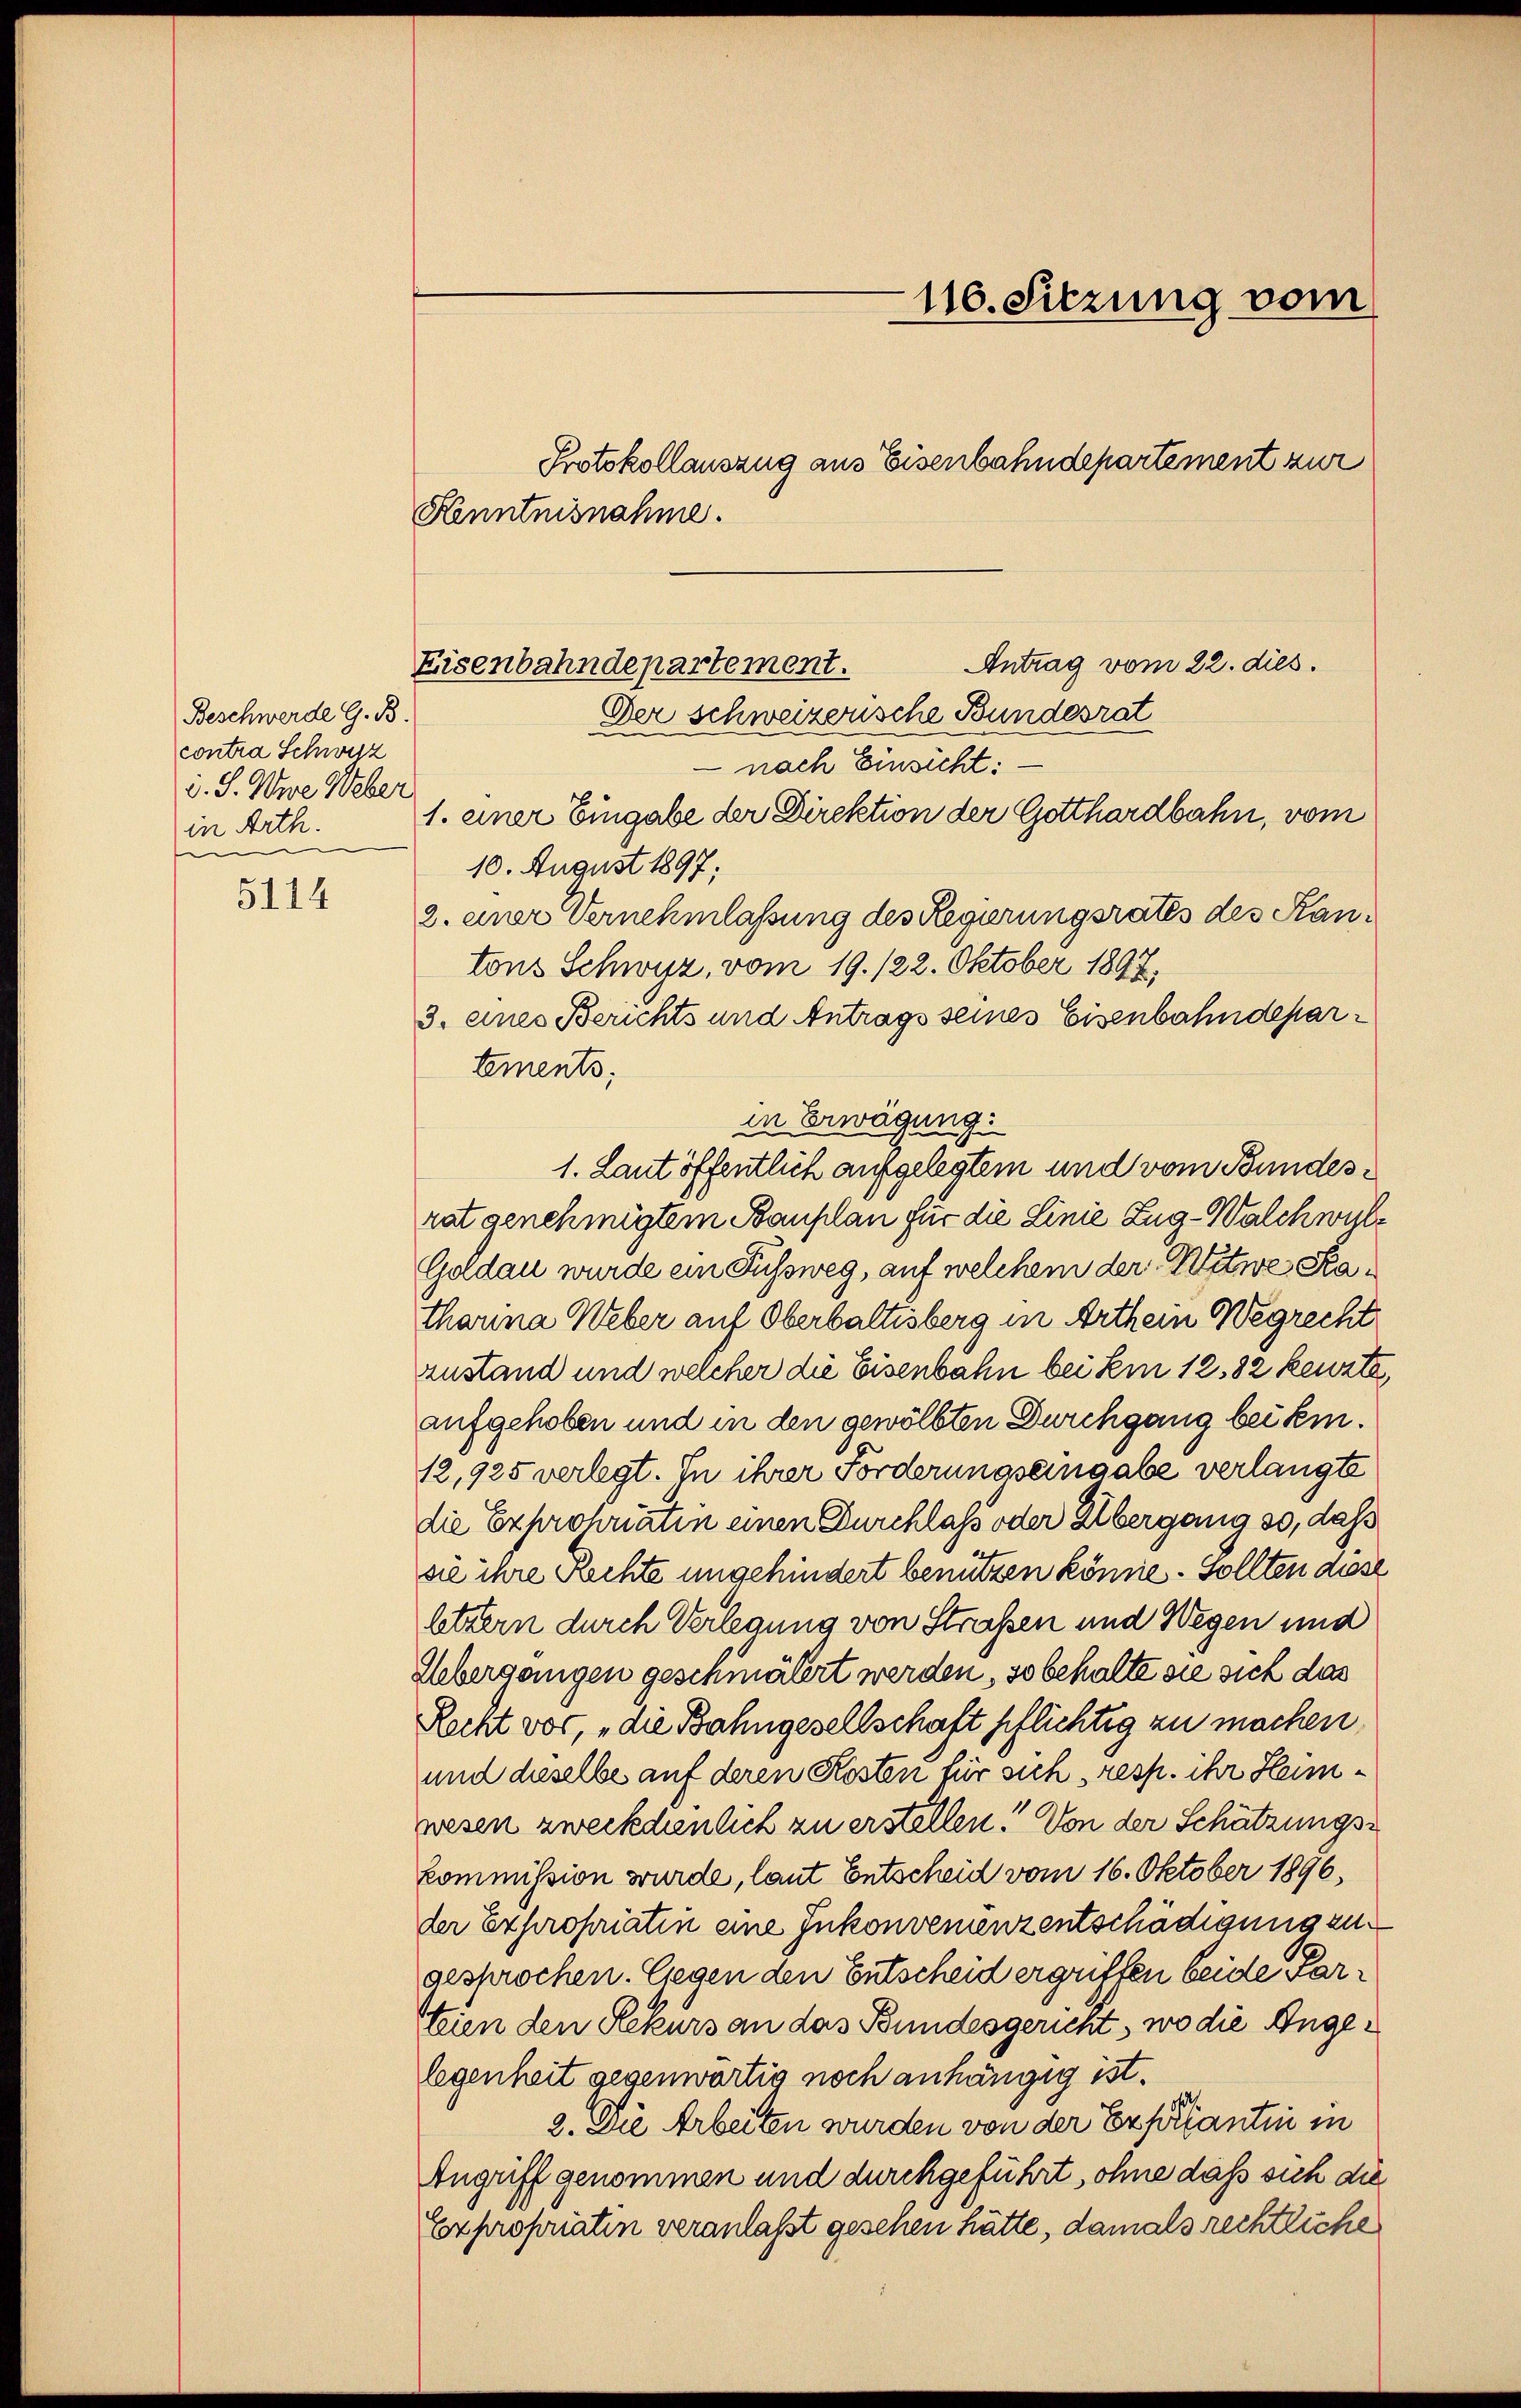
Beschwerde G. B.
contra Schwisz
d. J. Were Weber
in Arth.
ee
5114

116. Sitzung vom
Protokollauszug aus Eisenbahndepartement zur
Kenntnisnahme.

Eisenbahndepartement.
Der schweizerische Bundesrat

Antrag vom 22. dies.
nach Einsicht:
1. einer Eingabe der Direktion der Gotthardbahn, vom
10. August 1897;
2. einer Vernehmlassung des Regierungsraths des Kantons Schwyz, vom 19. 122. Oktober 1897,
3. eines Berichts und Antrags seines Eisenbahndepartements,
in Erwägung.
rat genehmigtem Bauplan für die Linie Zug-Walchwyl¬
Goldau wurde ein Fussweg, auf welchem der Witwe Katharina Weber auf Oberbaltisberg in Arthein Wegrecht
zustand und welcher die Eisenbahn bei Ein 1282 keuzte,
aufgehoben und in den gewölbten Durchgang bei kin¬
12,925 verlegt. In ihrer Forderungseingabe verlangte
die Expropriatin einen Durchlass oder Übergang so, daß
sie ihre Rechte ungehindert benützen könne. Sollten diese
ltzern durch Verlegung von Straßen und Wegen und
Uebergangen geschmälert werden, so behalte sie sich das
Recht vor, die Bahngesellschaft pflichtig zu machen,
und dieselbe auf deren Kosten für sich resp. ihr Heimwesen zweckdienlich zu erstellen. Von der Schätzungskommission wurde, laut Entscheid vom 16. Oktober 1896,
der Expropriatin eine Inkonvenienzentschädigung zugesprochen. Gegen den Entscheid ergriffen beide verbien den Rekurs an das Bundesgericht, wo die Angelegenheit gegenwärtig noch anhängig ist.
2. Die Arbeiten wurden von der Expirantin in
Angriff genommen und durchgeführt, ohne daß sich die
Expropriaten veranlaßt gesehen hätte, damals rechtliche

1. Laut öffentlich aufgelegtem und vom Bundes¬